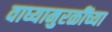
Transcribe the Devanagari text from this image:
वाघ्यामुरळींच्या